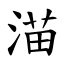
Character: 渵